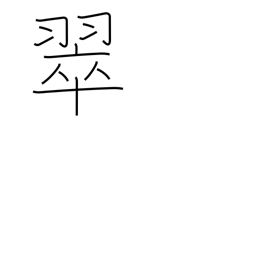
Meaning: kingfisher